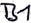
Text: B1